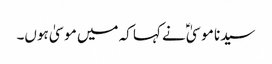
سیدنا موسیٰؑ نے کہا کہ میں موسیٰ ہوں۔